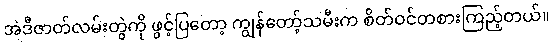
အဲဒီဇာတ်လမ်းတွဲကို ဖွင့်ပြတော့ ကျွန်တော့်သမီးက စိတ်ဝင်တစားကြည့်တယ်။